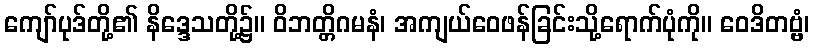
ကျော်ပုဒ်တို့၏ နိဒ္ဒေသတို့၌။ ဝိဘတ္တိဂမနံ၊ အကျယ်ဝေဖန်ခြင်းသို့ရောက်ပုံကို။ ဝေဒိတဗ္ဗံ၊